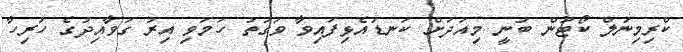
ކްރިމިނަލް ކޯޓުން ބުނީ މިއަދަށް ކަނޑައެޅިފައިވާ ވަގުތު ހަމަވި އިރު ގަވާއިދުގެ ހުރިހާ